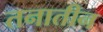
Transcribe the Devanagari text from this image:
तनातीन